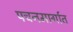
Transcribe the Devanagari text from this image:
पचनमार्गात